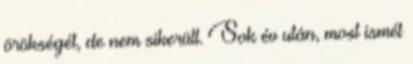
örökségét, de nem sikerült. Sok év után, most ismét